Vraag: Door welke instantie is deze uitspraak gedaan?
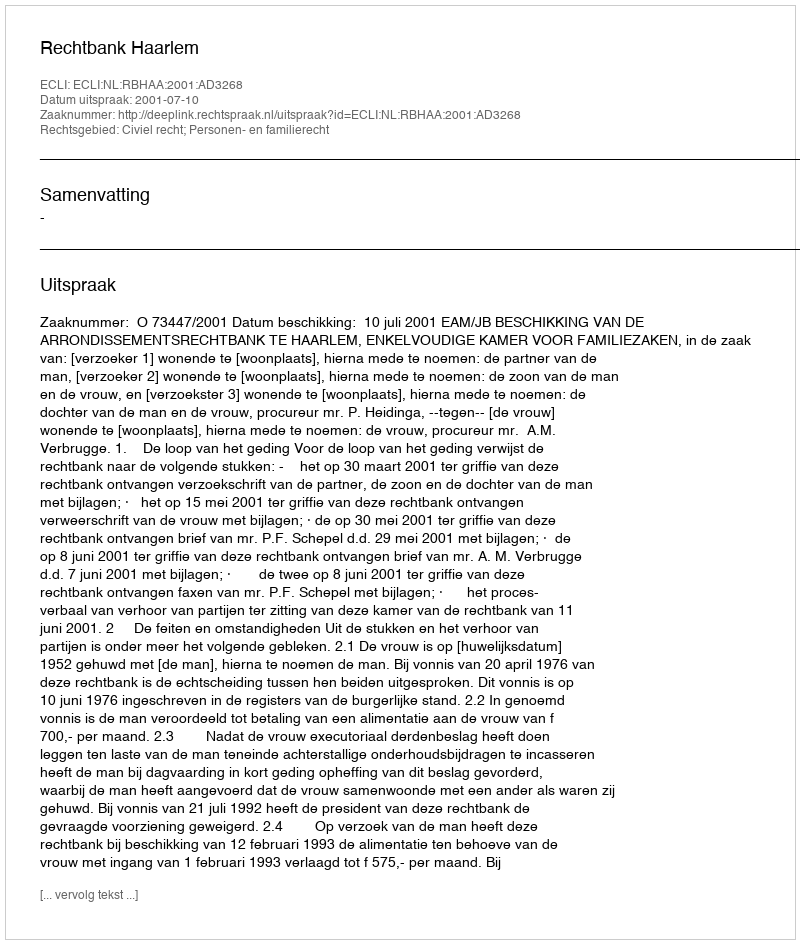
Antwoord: Rechtbank Haarlem